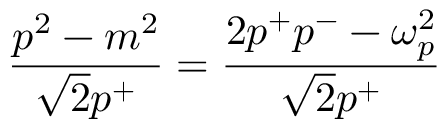
\frac { p ^ { 2 } - m ^ { 2 } } { \sqrt { 2 } p ^ { + } } = \frac { 2 p ^ { + } p ^ { - } - \omega _ { p } ^ { 2 } } { \sqrt { 2 } p ^ { + } }